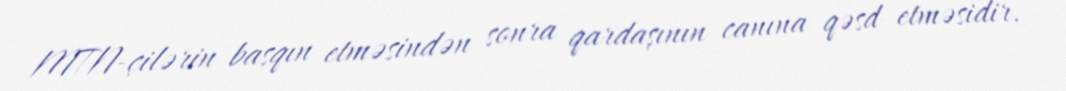
MTN-çilərin basqın etməsindən sonra qardaşının canına qəsd etməsidir.